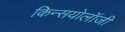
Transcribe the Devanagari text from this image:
किन्सयोलॉजी